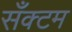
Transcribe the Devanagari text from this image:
सँक्टम